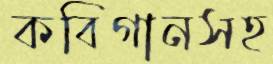
কবিগানসহ